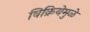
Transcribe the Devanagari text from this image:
विक्रियेमुळे